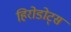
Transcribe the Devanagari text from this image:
हिरोडोट्स